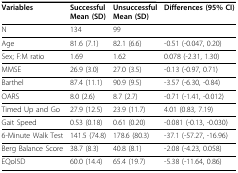
<table><thead><tr><td><b>Variables</b></td><td><b>SuccessfulMean (SD)</b></td><td><b>UnsuccessfulMean (SD)</b></td><td><b>Differences (95% CI)</b></td></tr></thead><tbody><tr><td>N</td><td>134</td><td>99</td><td>[EMPTY_CELL]</td></tr><tr><td>Age</td><td>81.6 (7.1)</td><td>82.1 (6.6)</td><td>-0.51 (-0.047, 0.20)</td></tr><tr><td>Sex; F:M ratio</td><td>1.69</td><td>1.62</td><td>0.078 (-2.31, 1.30)</td></tr><tr><td>MMSE</td><td>26.9 (3.0)</td><td>27.0 (3.5)</td><td>-0.13 (-0.97, 0.71)</td></tr><tr><td>Barthel</td><td>87.4 (11.1)</td><td>90.9 (9.5)</td><td>-3.57 (-6.30, -0.84)</td></tr><tr><td>OARS</td><td>8.0 (2.6)</td><td>8.7 (2.7)</td><td>-0.71 (-1.41, -0.012)</td></tr><tr><td>Timed Up and Go</td><td>27.9 (12.5)</td><td>23.9 (11.7)</td><td>4.01 (0.83, 7.19)</td></tr><tr><td>Gait Speed</td><td>0.53 (0.18)</td><td>0.61 (0.20)</td><td>-0.081 (-0.13, -0.030)</td></tr><tr><td>6-Minute Walk Test</td><td>141.5 (74.8)</td><td>178.6 (80.3)</td><td>-37.1 (-57.27, -16.96)</td></tr><tr><td>Berg Balance Score</td><td>38.7 (8.3)</td><td>40.8 (8.1)</td><td>-2.08 (-4.23, 0.058)</td></tr><tr><td>EQol5D</td><td>60.0 (14.4)</td><td>65.4 (19.7)</td><td>-5.38 (-11.64, 0.86)</td></tr></tbody></table>